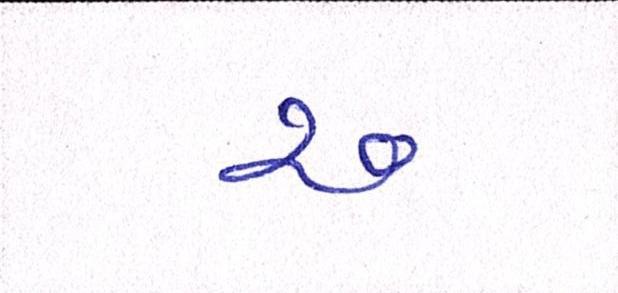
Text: ર૦